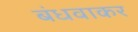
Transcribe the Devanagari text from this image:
बंधवाकर